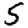
Digit: 5